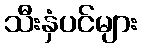
သီးနှံပင်များ